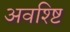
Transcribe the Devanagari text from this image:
अवश्ष्टि